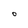
Character: 0